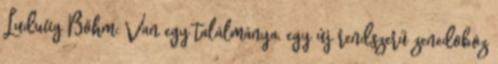
Ludwig Böhm: Van egy találmánya, egy új rendszerű zenedoboz